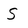
Character: S